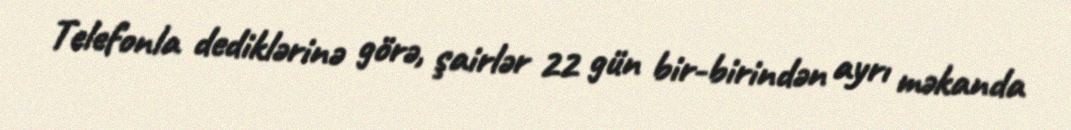
Telefonla dediklərinə görə, şairlər 22 gün bir-birindən ayrı məkanda